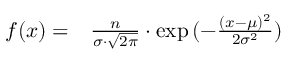
\begin{array} { r l } { f ( x ) = } & { { } \frac { n } { \sigma \cdot \sqrt { 2 \pi } } \cdot \exp { ( - \frac { ( x - \mu ) ^ { 2 } } { 2 \sigma ^ { 2 } } ) } } \end{array}